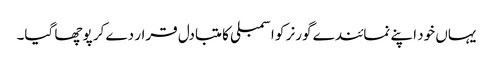
یہاں خود اپنے نمائندے گورنر کو اسمبلی کا متبادل قرار دے کر پوچھا گیا۔